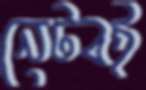
নেটবই